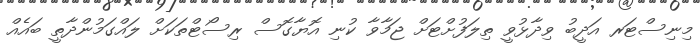
މިނިސްޓަރ އަދީބު ވިދާޅުވީ ތިލަފުށްޓަށް ޖަމާވާ ކުނި އޮޔާގޮސް ރިސޯޓްތަކަށް ލައްގަމުންދާތީ ބައެއް